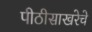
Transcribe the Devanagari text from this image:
पीठीसाखरेचे